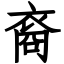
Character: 裔